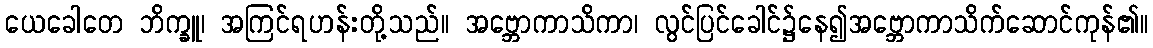
ယေခေါတေ ဘိက္ခူ၊ အကြင်ရဟန်းတို့သည်။ အဗ္ဘောကာသိကာ၊ လွင်ပြင်ခေါင်၌နေ၍အဗ္ဘောကာသိက်ဆောင်ကုန်၏။